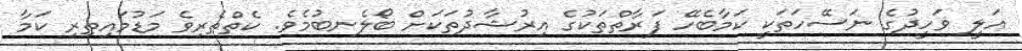
އަލީ ވަހީދުގެ ނަސޭހަތަކީ ކަމާބެހޭ ފަރާތްތަކުގެ އިރުޝާދުތަކަށް ބޯލެނބުމެވެ. ކެތްތެރިވެ މަޑުމައިތިރި ކަމާ